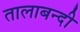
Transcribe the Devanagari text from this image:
तालाबन्दी